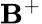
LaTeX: \mathbf{B}^{+}